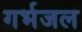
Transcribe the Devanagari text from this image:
गर्भजल